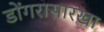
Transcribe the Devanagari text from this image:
डोंगरासारखा